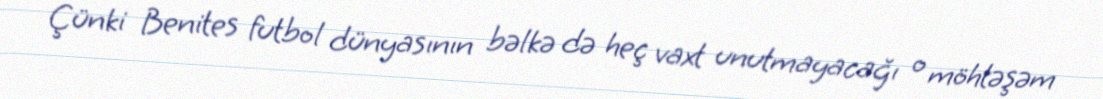
Çünki Benites futbol dünyasının bəlkə də heç vaxt unutmayacağı o möhtəşəm